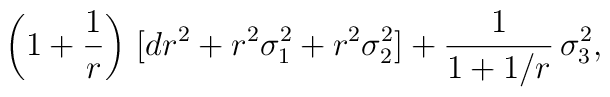
\left(1+\frac{1}{r}\right)\,[dr^2+r^2\sigma_1^2+r^2\sigma_2^2]+\frac{1}{1+1/r}\,\sigma_3^2,